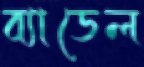
ব্যাডেল